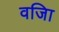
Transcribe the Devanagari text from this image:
वजिा